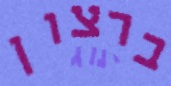
ברצון